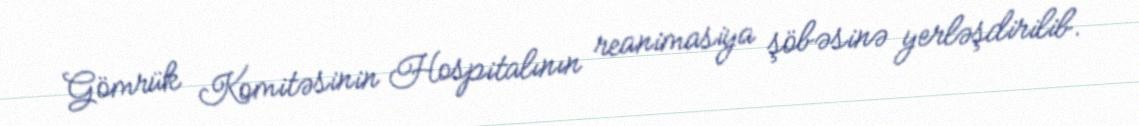
Gömrük Komitəsinin Hospitalının reanimasiya şöbəsinə yerləşdirilib.